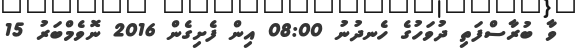
ވާ ބުރާސްފަތި ދުވަހުގެ ހެނދުނު 08:00 އިން ފެށިގެން 2016 ނޮވެމްބަރު 15